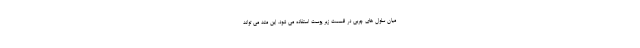
میان سلول های چربی در قسمت زیر پوست استفاده می شود. این متد می تواند